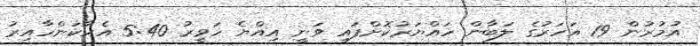
އުމުރުން 19 އަހަރުގެ ލަބާން ހައްޔަރުކޮށްފައި ވަނީ އިއްޔެ ހަވީރު 5:40 އެހާކަންހާއިރު